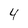
Character: 4